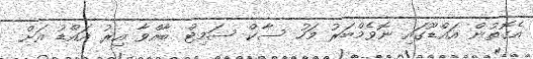
އެގޮތުން އައްޑޫގައި ނޮވެމްބަރު މަހު ސާކް ސަމިޓް ބާއްވާ އިރު އައްޑު އަށް